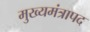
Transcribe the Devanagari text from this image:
मुख्यमंत्रापद